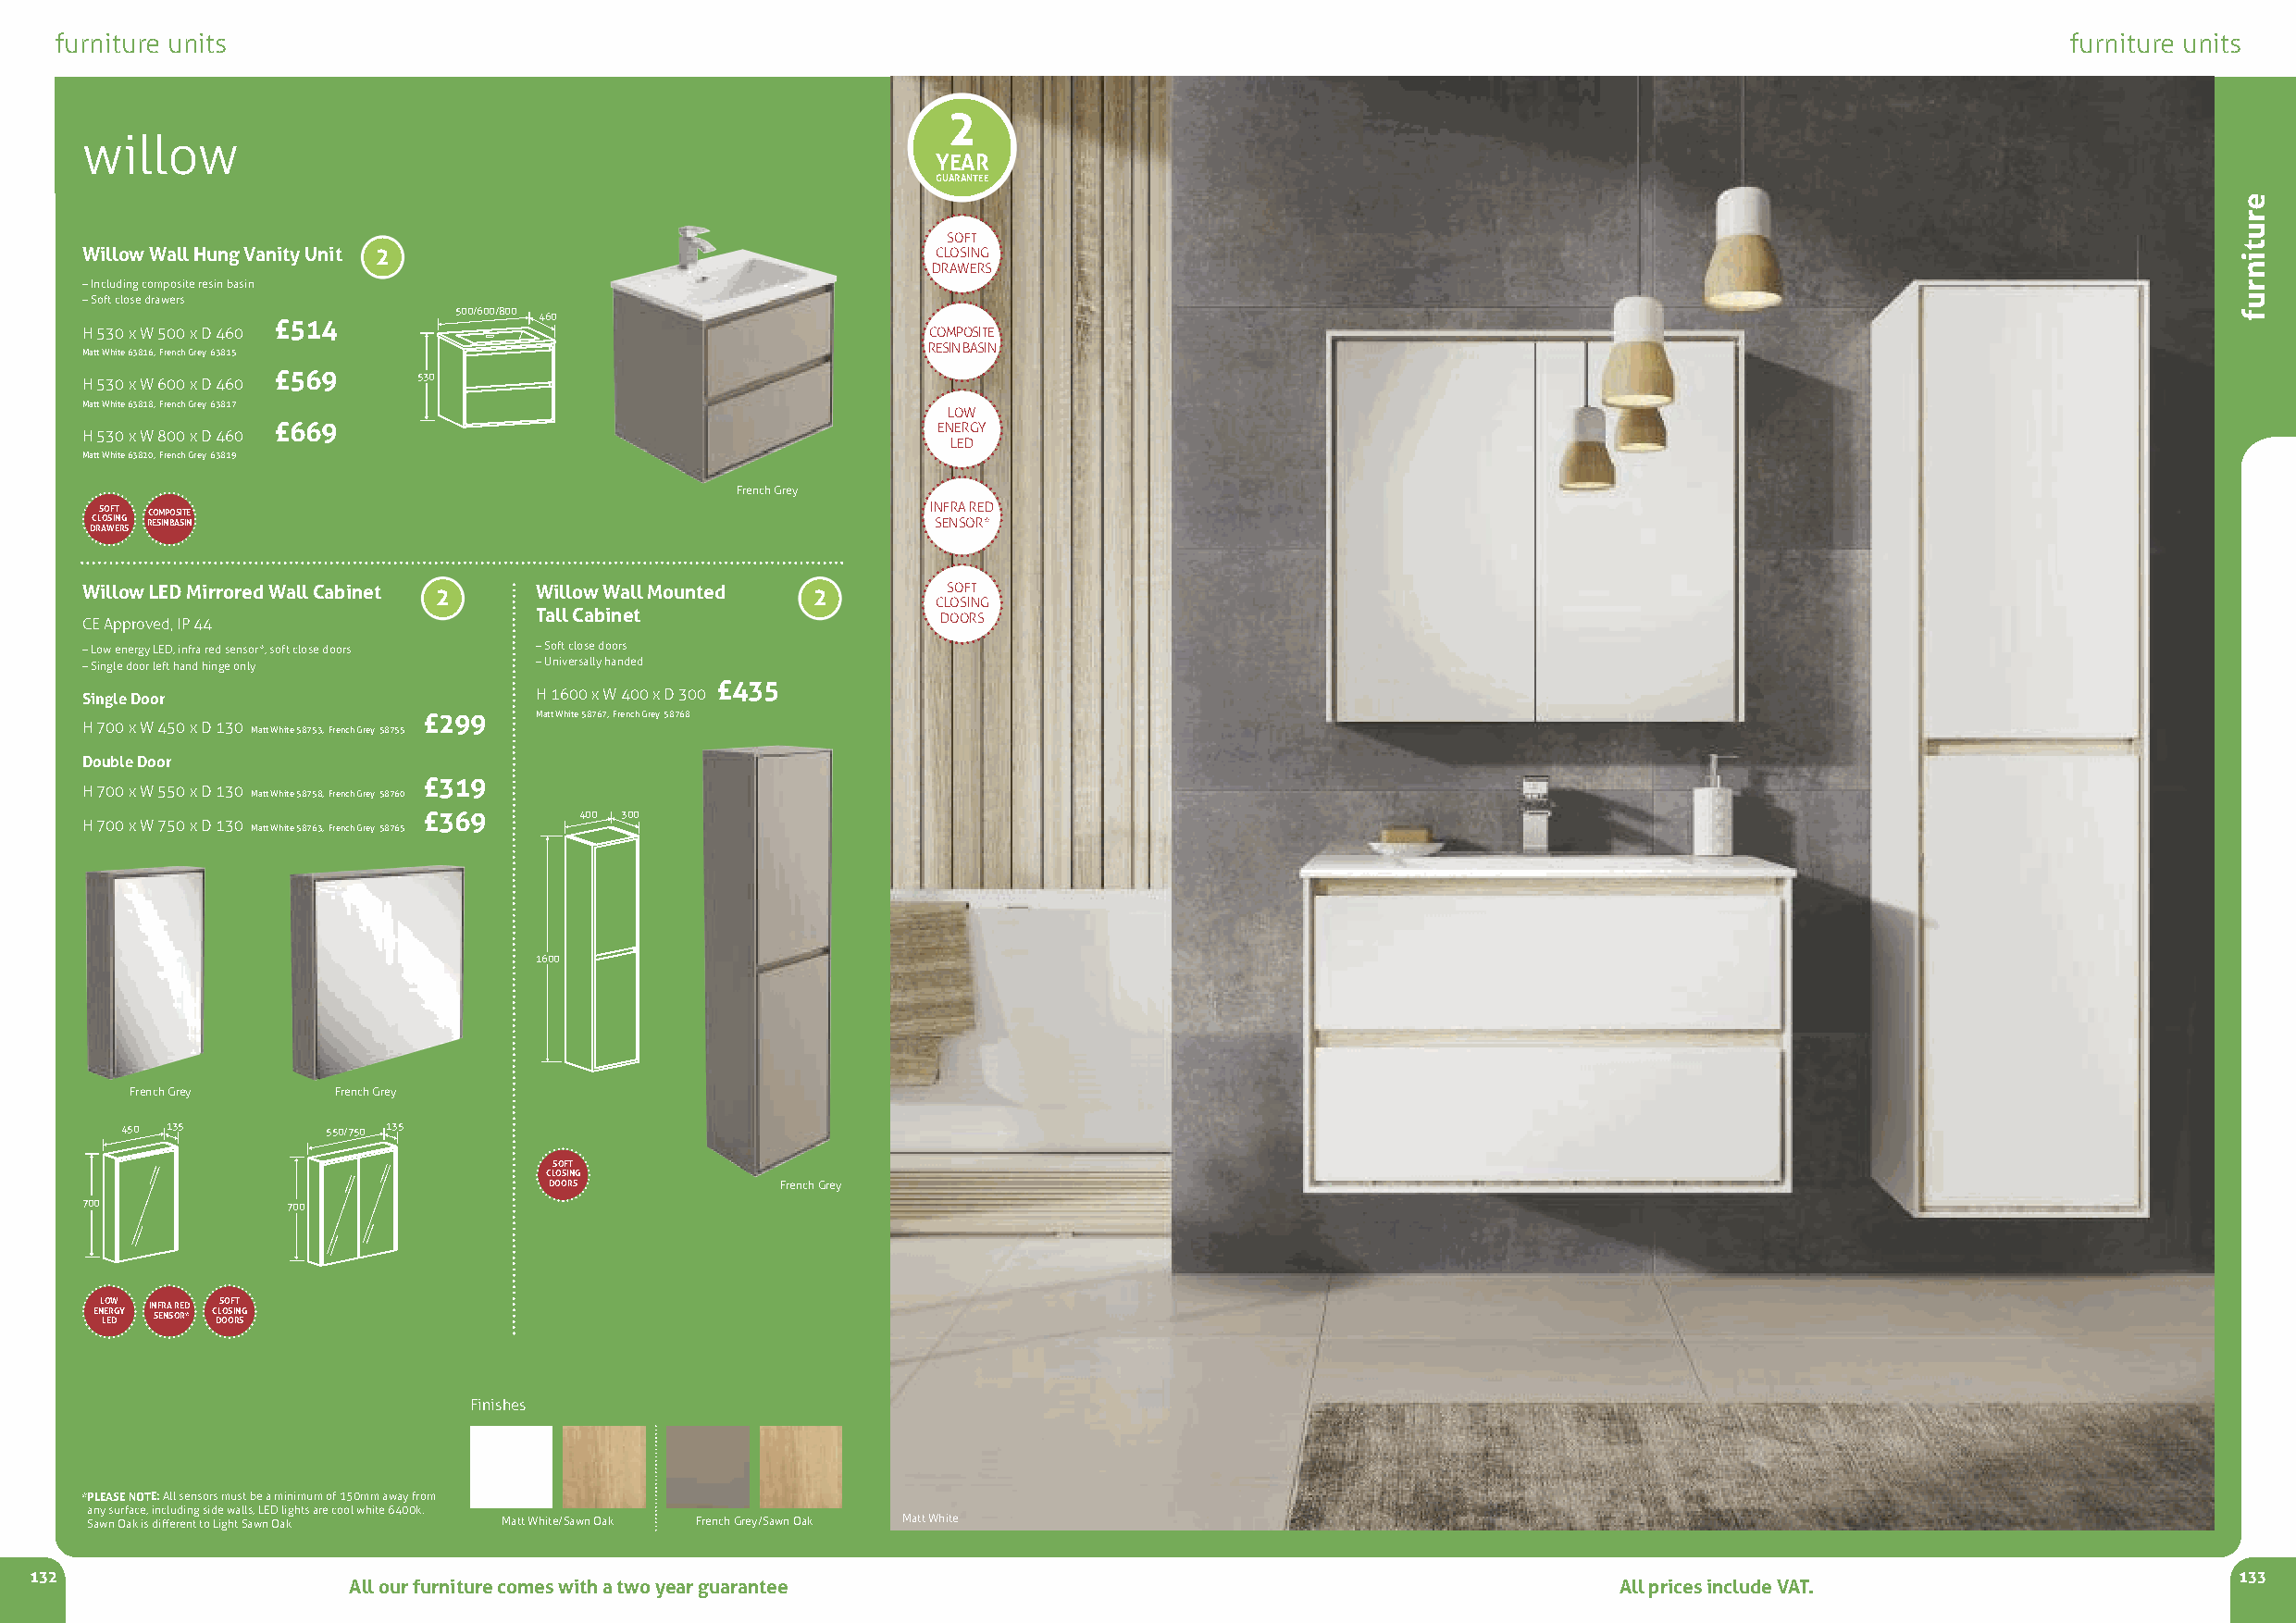
furniture units                                                                                                                                 furniture units
 2
 willow
 YEAR
 GUARANTEE
 SOFT
 Willow Wall Hung Vanity Unit 2                               CLOSING
 DRAWERS
 –Including composite resin basin
 –Soft close drawers
 500/600/800 460
 £514
 H 530 x W 500 x D 460                                       COMPOSITE
 RESIN BASIN
 Matt White 63816, French Grey 63815
 £569      530
 H 530 x W 600 x D 460
 Matt White 63818, French Grey 63817
 LOW
 £669                                           ENERGY
 H 530 x W 800 x D 460
 LED
 Matt White 63820, French Grey 63819
 French Grey
 DC RLS AOO WSF I ET N RG
 S
 RC EO SM INP BO AS SIT INE                              IN SEF NRA SO R RE *D
 Willow LED Mirrored Wall Cabinet 2 WillowWall Mounted 2       SOFT
 CLOSING
 CE Approved, IP 44              Tall Cabinet                 DOORS
 –Low energy LED, infra red sensor*, soft close doors –Soft close doors
 –Single door left hand hinge only –Universally handed
 £435
 Single Door                     H 1600 x W 400 x D 300
 £299    Matt White 58767, French Grey 58768
 H 700 x W 450 x D 130 Matt White 58753, French Grey 58755
 Double Door
 £319
 H 700 x W 550 x D 130 Matt White 58758, French Grey 58760
 £369       400 300
 H 700 x W 750 x D 130 Matt White 58763, French Grey 58765
 1600
 French Grey    French Grey
 450 135       550/750 135
 SOFT
 CLOSING
 DOORS            French Grey
 700            700
 ENL LEO ERW DG Y I *N SF ER NA S ORE RD * C DLS OOO OSF I RT N SG
 Finishes
 *PLEASE NOTE: All sensors must be a minimum of 150mm away from
 any surface, including side walls, LED lights are cool white 6400k.
 Sawn Oak is different to Light Sawn Oak Matt White/Sawn Oak French Grey/Sawn Oak Matt White
 132                                                                                                                                                           133
 All our furniture comes with a two year guarantee                                          All prices include VAT.
 erutinruf